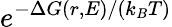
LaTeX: e^{{-\Delta G(r,E)}/{(k_{B}T)}}